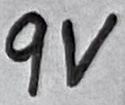
Text: 9V